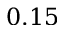
0 . 1 5